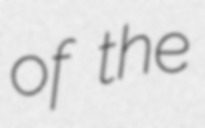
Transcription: of the